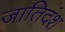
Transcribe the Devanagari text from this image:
जातिदंश